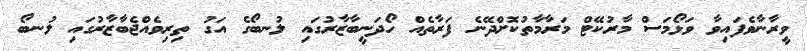
ވީރާނާވެފައިވާ ވަޅޯމަސް މާރުކޭޓް މަރާމާތުކޮށްދޭނެ ފަރާތެއް ހޯދަނީބާޒާރުގައި ލުނބޯގެ އަގު ތިރިވެއްޖެބާޒާރުގައި ލުނބޯ